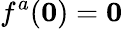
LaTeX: f^{a}({\boldsymbol{0}})={\boldsymbol{0}}